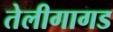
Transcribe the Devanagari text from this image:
तेलीगागड